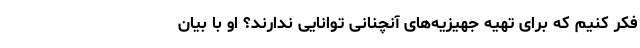
فکر کنیم که برای تهیه جهیزیه‌های آنچنانی توانایی ندارند؟ او با بیان